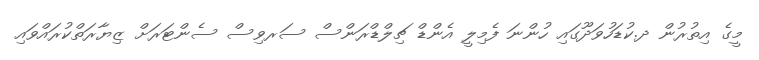
މީގެ އިތުރުން ދ.ކުޑަހުވަދޫގައި ހުންނަ ފެމިލީ އެންޑް ޗިލްޑްރަންސް ސަރވިސް ސެންޓަރަށް ޒިޔާރަތްކުރައްވައި